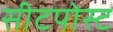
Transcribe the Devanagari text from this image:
सीटपोस्ट